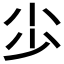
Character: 𡭣